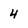
Character: 4